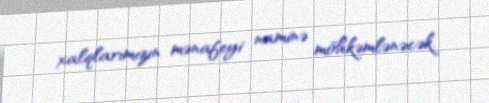
xalqlarımızın mənafeyi naminə möhkəmlənəcək.